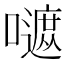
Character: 𡂭